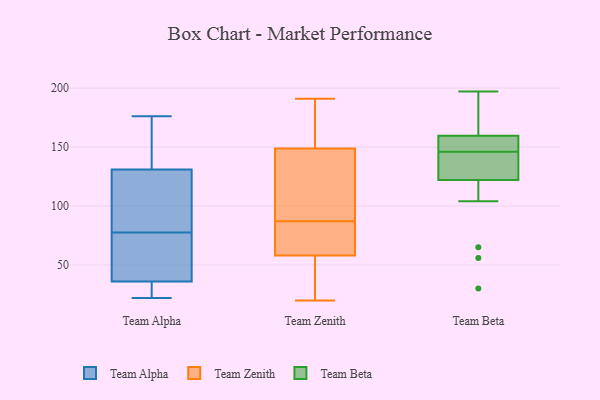
{"axis": {"x": "LTV (USD)", "y": "Value"}, "legend": ["Team Alpha", "Team Beta", "Team Zenith"], "data": [{"x": "", "y": 28, "type": "Team Alpha"}, {"x": "", "y": 43, "type": "Team Alpha"}, {"x": "", "y": 130, "type": "Team Alpha"}, {"x": "", "y": 49, "type": "Team Alpha"}, {"x": "", "y": 176, "type": "Team Alpha"}, {"x": "", "y": 41, "type": "Team Alpha"}, {"x": "", "y": 23, "type": "Team Alpha"}, {"x": "", "y": 61, "type": "Team Alpha"}, {"x": "", "y": 25, "type": "Team Alpha"}, {"x": "", "y": 157, "type": "Team Alpha"}, {"x": "", "y": 31, "type": "Team Alpha"}, {"x": "", "y": 89, "type": "Team Alpha"}, {"x": "", "y": 87, "type": "Team Alpha"}, {"x": "", "y": 97, "type": "Team Alpha"}, {"x": "", "y": 116, "type": "Team Alpha"}, {"x": "", "y": 22, "type": "Team Alpha"}, {"x": "", "y": 172, "type": "Team Alpha"}, {"x": "", "y": 173, "type": "Team Alpha"}, {"x": "", "y": 132, "type": "Team Alpha"}, {"x": "", "y": 68, "type": "Team Alpha"}, {"x": "", "y": 20, "type": "Team Zenith"}, {"x": "", "y": 160, "type": "Team Zenith"}, {"x": "", "y": 56, "type": "Team Zenith"}, {"x": "", "y": 69, "type": "Team Zenith"}, {"x": "", "y": 87, "type": "Team Zenith"}, {"x": "", "y": 190, "type": "Team Zenith"}, {"x": "", "y": 102, "type": "Team Zenith"}, {"x": "", "y": 47, "type": "Team Zenith"}, {"x": "", "y": 191, "type": "Team Zenith"}, {"x": "", "y": 115, "type": "Team Zenith"}, {"x": "", "y": 64, "type": "Team Zenith"}, {"x": "", "y": 197, "type": "Team Beta"}, {"x": "", "y": 104, "type": "Team Beta"}, {"x": "", "y": 153, "type": "Team Beta"}, {"x": "", "y": 56, "type": "Team Beta"}, {"x": "", "y": 149, "type": "Team Beta"}, {"x": "", "y": 195, "type": "Team Beta"}, {"x": "", "y": 179, "type": "Team Beta"}, {"x": "", "y": 174, "type": "Team Beta"}, {"x": "", "y": 145, "type": "Team Beta"}, {"x": "", "y": 129, "type": "Team Beta"}, {"x": "", "y": 128, "type": "Team Beta"}, {"x": "", "y": 30, "type": "Team Beta"}, {"x": "", "y": 147, "type": "Team Beta"}, {"x": "", "y": 65, "type": "Team Beta"}, {"x": "", "y": 150, "type": "Team Beta"}, {"x": "", "y": 151, "type": "Team Beta"}, {"x": "", "y": 120, "type": "Team Beta"}, {"x": "", "y": 124, "type": "Team Beta"}, {"x": "", "y": 141, "type": "Team Beta"}, {"x": "", "y": 166, "type": "Team Beta"}]}